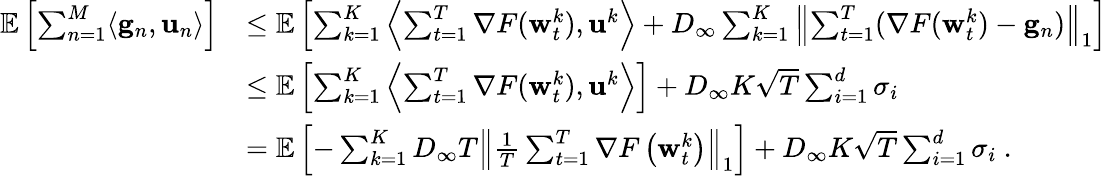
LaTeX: \begin{array}{rl}{\mathop{\mathbb{E}}\left[\sum_{n=1}^{M}\langle\mathbf{g}_{n},\mathbf{u}_{n}\rangle\right]}&{\le\mathop{\mathbb{E}}\left[\sum_{k=1}^{K}\left\langle\sum_{t=1}^{T}\nabla F({\mathbf w}_{t}^{k}),\mathbf{u}^{k}\right\rangle+D_{\infty}\sum_{k=1}^{K}\left\| \sum_{t=1}^{T}(\nabla F({\mathbf w}_{t}^{k})-\mathbf{g}_{n})\right\| _{1}\right]}\\ &{\le\mathop{\mathbb{E}}\left[\sum_{k=1}^{K}\left\langle\sum_{t=1}^{T}\nabla F({\mathbf w}_{t}^{k}),\mathbf{u}^{k}\right\rangle\right]+D_{\infty}K\sqrt{T}\sum_{i=1}^{d}\sigma_{i}}\\ &{=\mathop{\mathbb{E}}\left[-\sum_{k=1}^{K}D_{\infty}T\left\| \frac{1}{T}\sum_{t=1}^{T}\nabla F\left({\mathbf w}_{t}^{k}\right)\right\| _{1}\right]+D_{\infty}K\sqrt{T}\sum_{i=1}^{d}\sigma_{i}~.}\end{array}